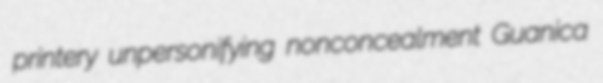
printery unpersonifying nonconcealment Guanica